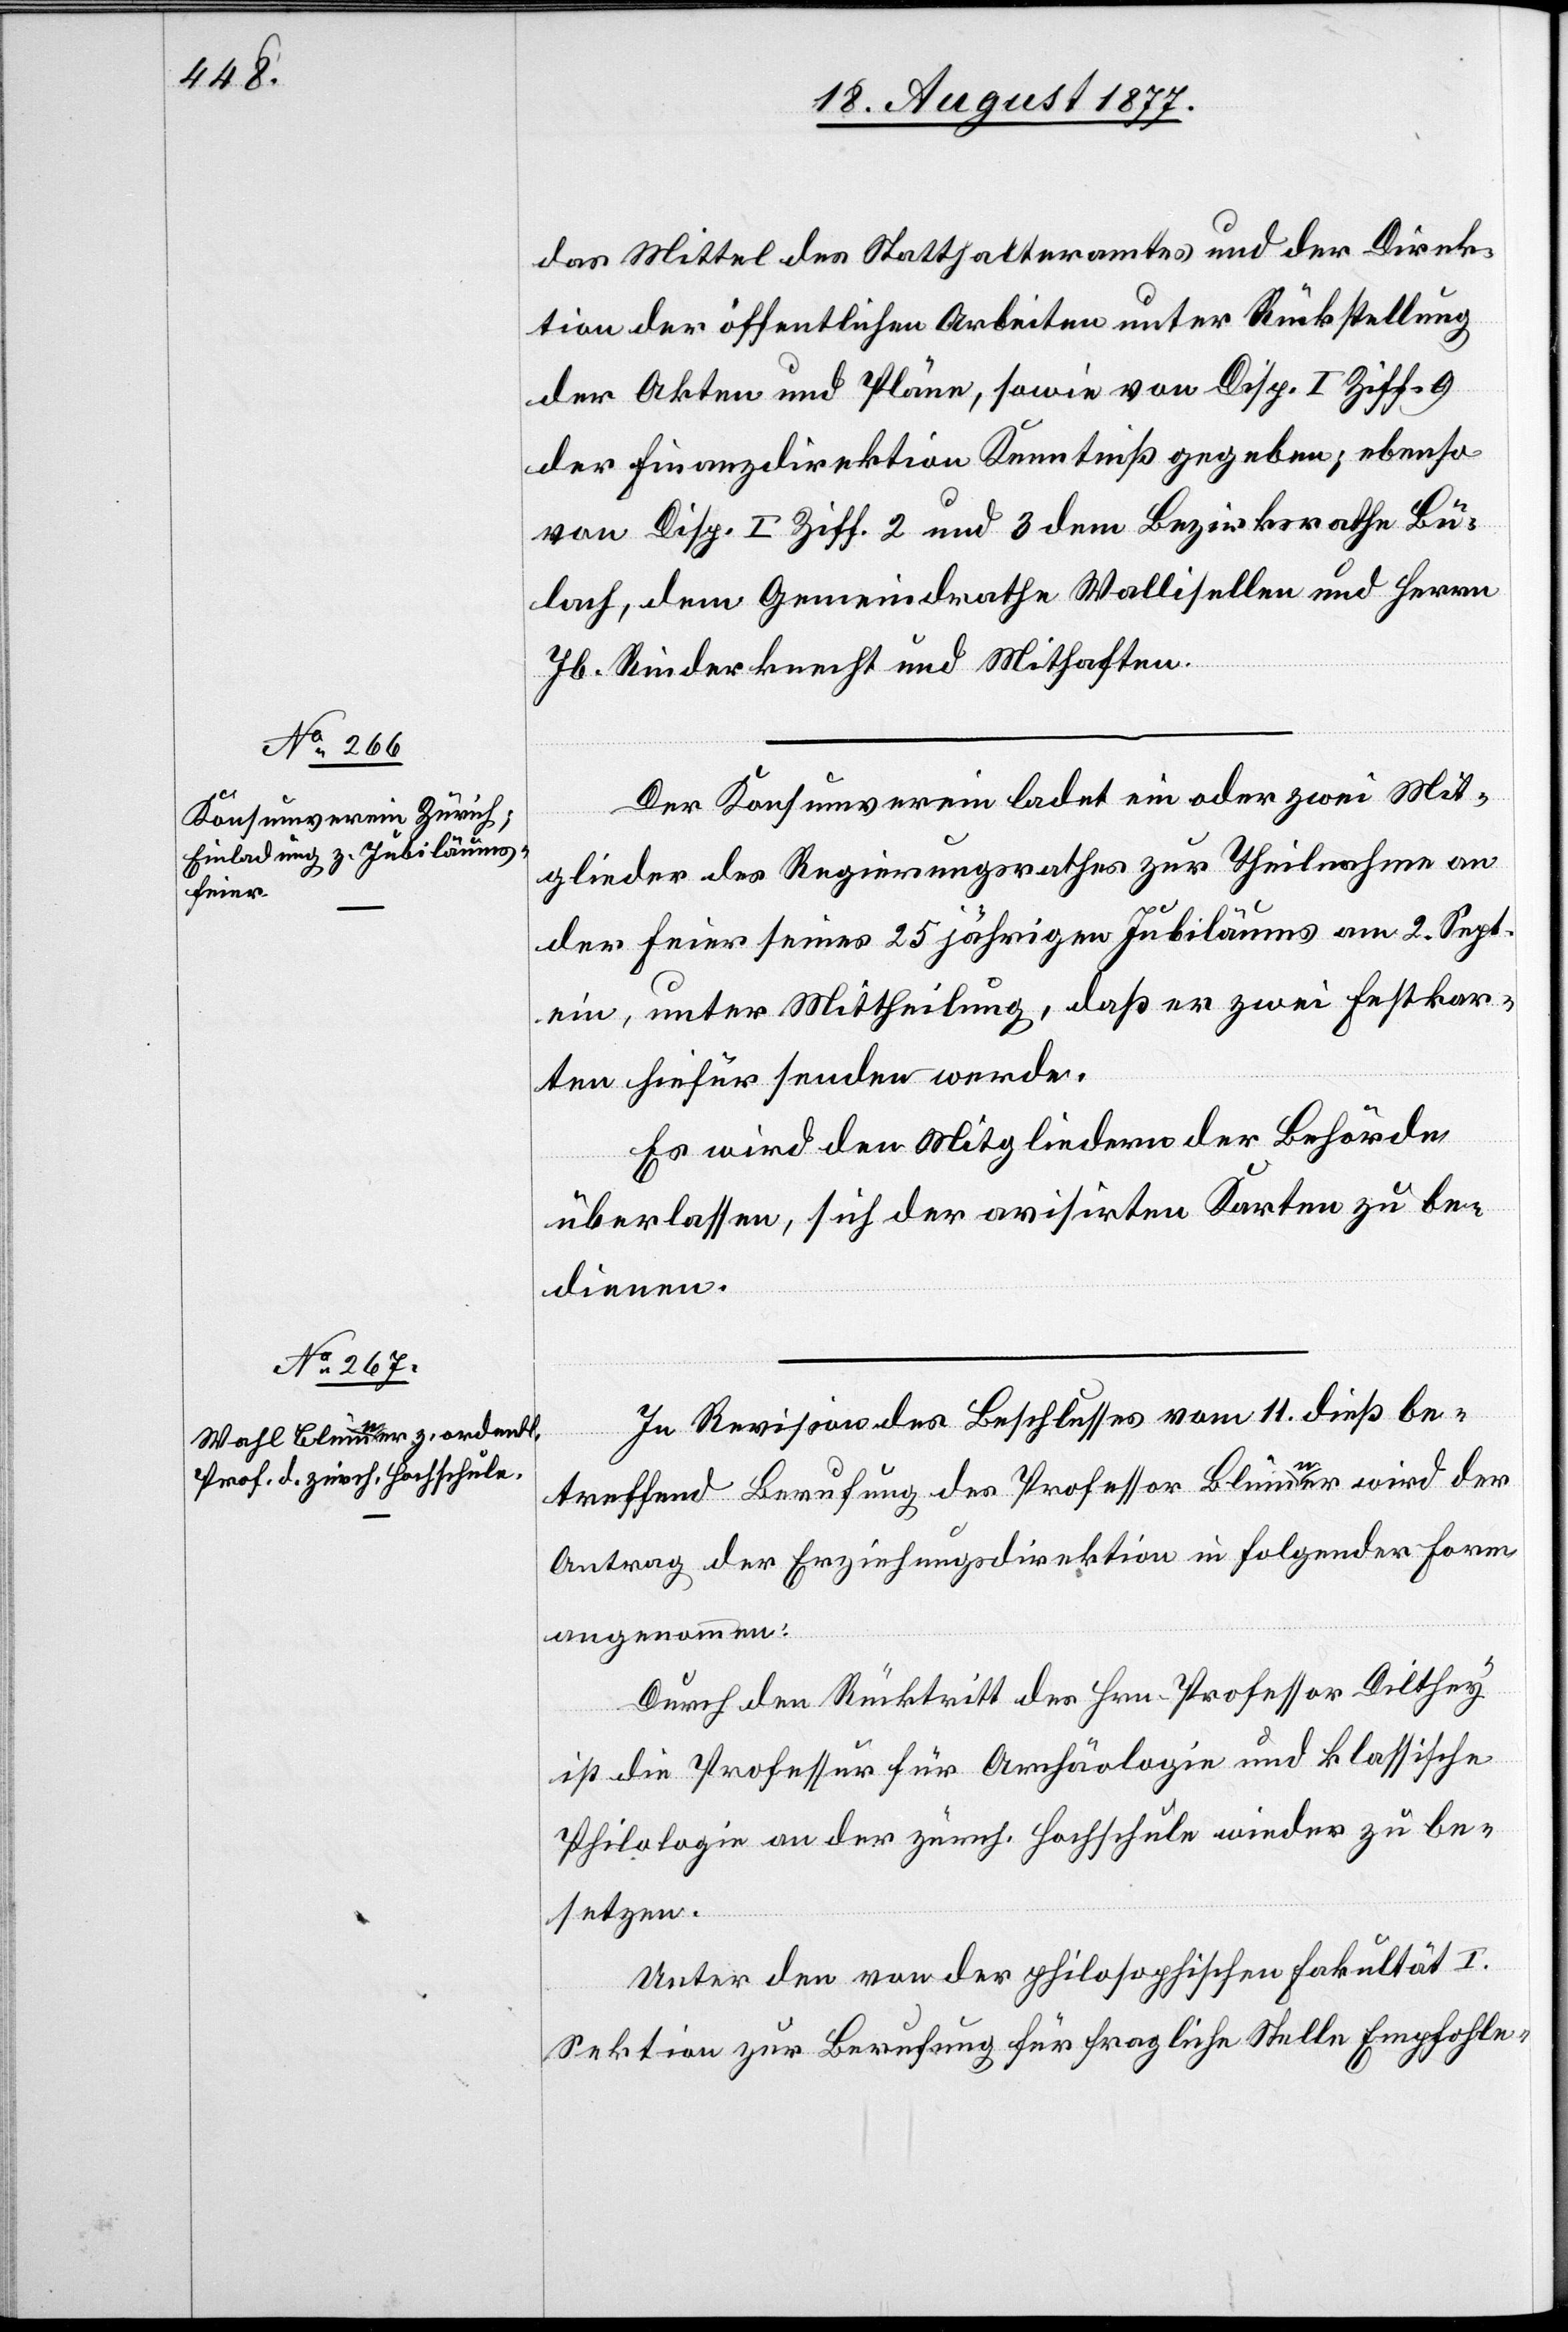
das Mittel des Statthalteramtes und der Direk¬
tion der öffentlichen Arbeiten unter Rückstellung
der Akten und Pläne, sowie von Disp. I Ziff. 9
der Finanzdirektion Kenntniß gegeben; ebenso
von Disp. I Ziff. 2 und 3 dem Bezirksrathe Bü¬
lach, dem Gemeindrathe Wallisellen und Herrn
Jb. Rinderknecht und Mithaften.
Der Konsumverein ladet ein oder zwei Mit¬
glieder des Regierungsrathes zur Theilnahme an
der Feier seines 25 jährigen Jubiläums am 2. Sept.
ein, unter Mittheilung, daß er zwei Festkar¬
ten hiefür senden werde.
Es wird den Mitgliedern der Behörde
überlassen, sich der avisirten Karten zu be¬
dienen.
In Revision des Beschlusses vom 11. dieß be¬
treffend Berufung des Professor Blümner wird der
Antrag der Erziehungsdirektion in folgender Form
angenommen:
Durch den Rücktritt des Hrn. Professor Dilthey
ist die Professur für Archäologie und klassische
Philologie an der zürch. Hochschule wieder zu be¬
setzen.
Unter den von der philosophischen Fakultät I.
Sektion zur Berufung für fragliche Stelle Empfohle-